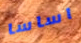
اساسا